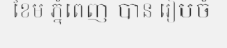
ខែម ភ្នំពេញ បាន រៀបចំ